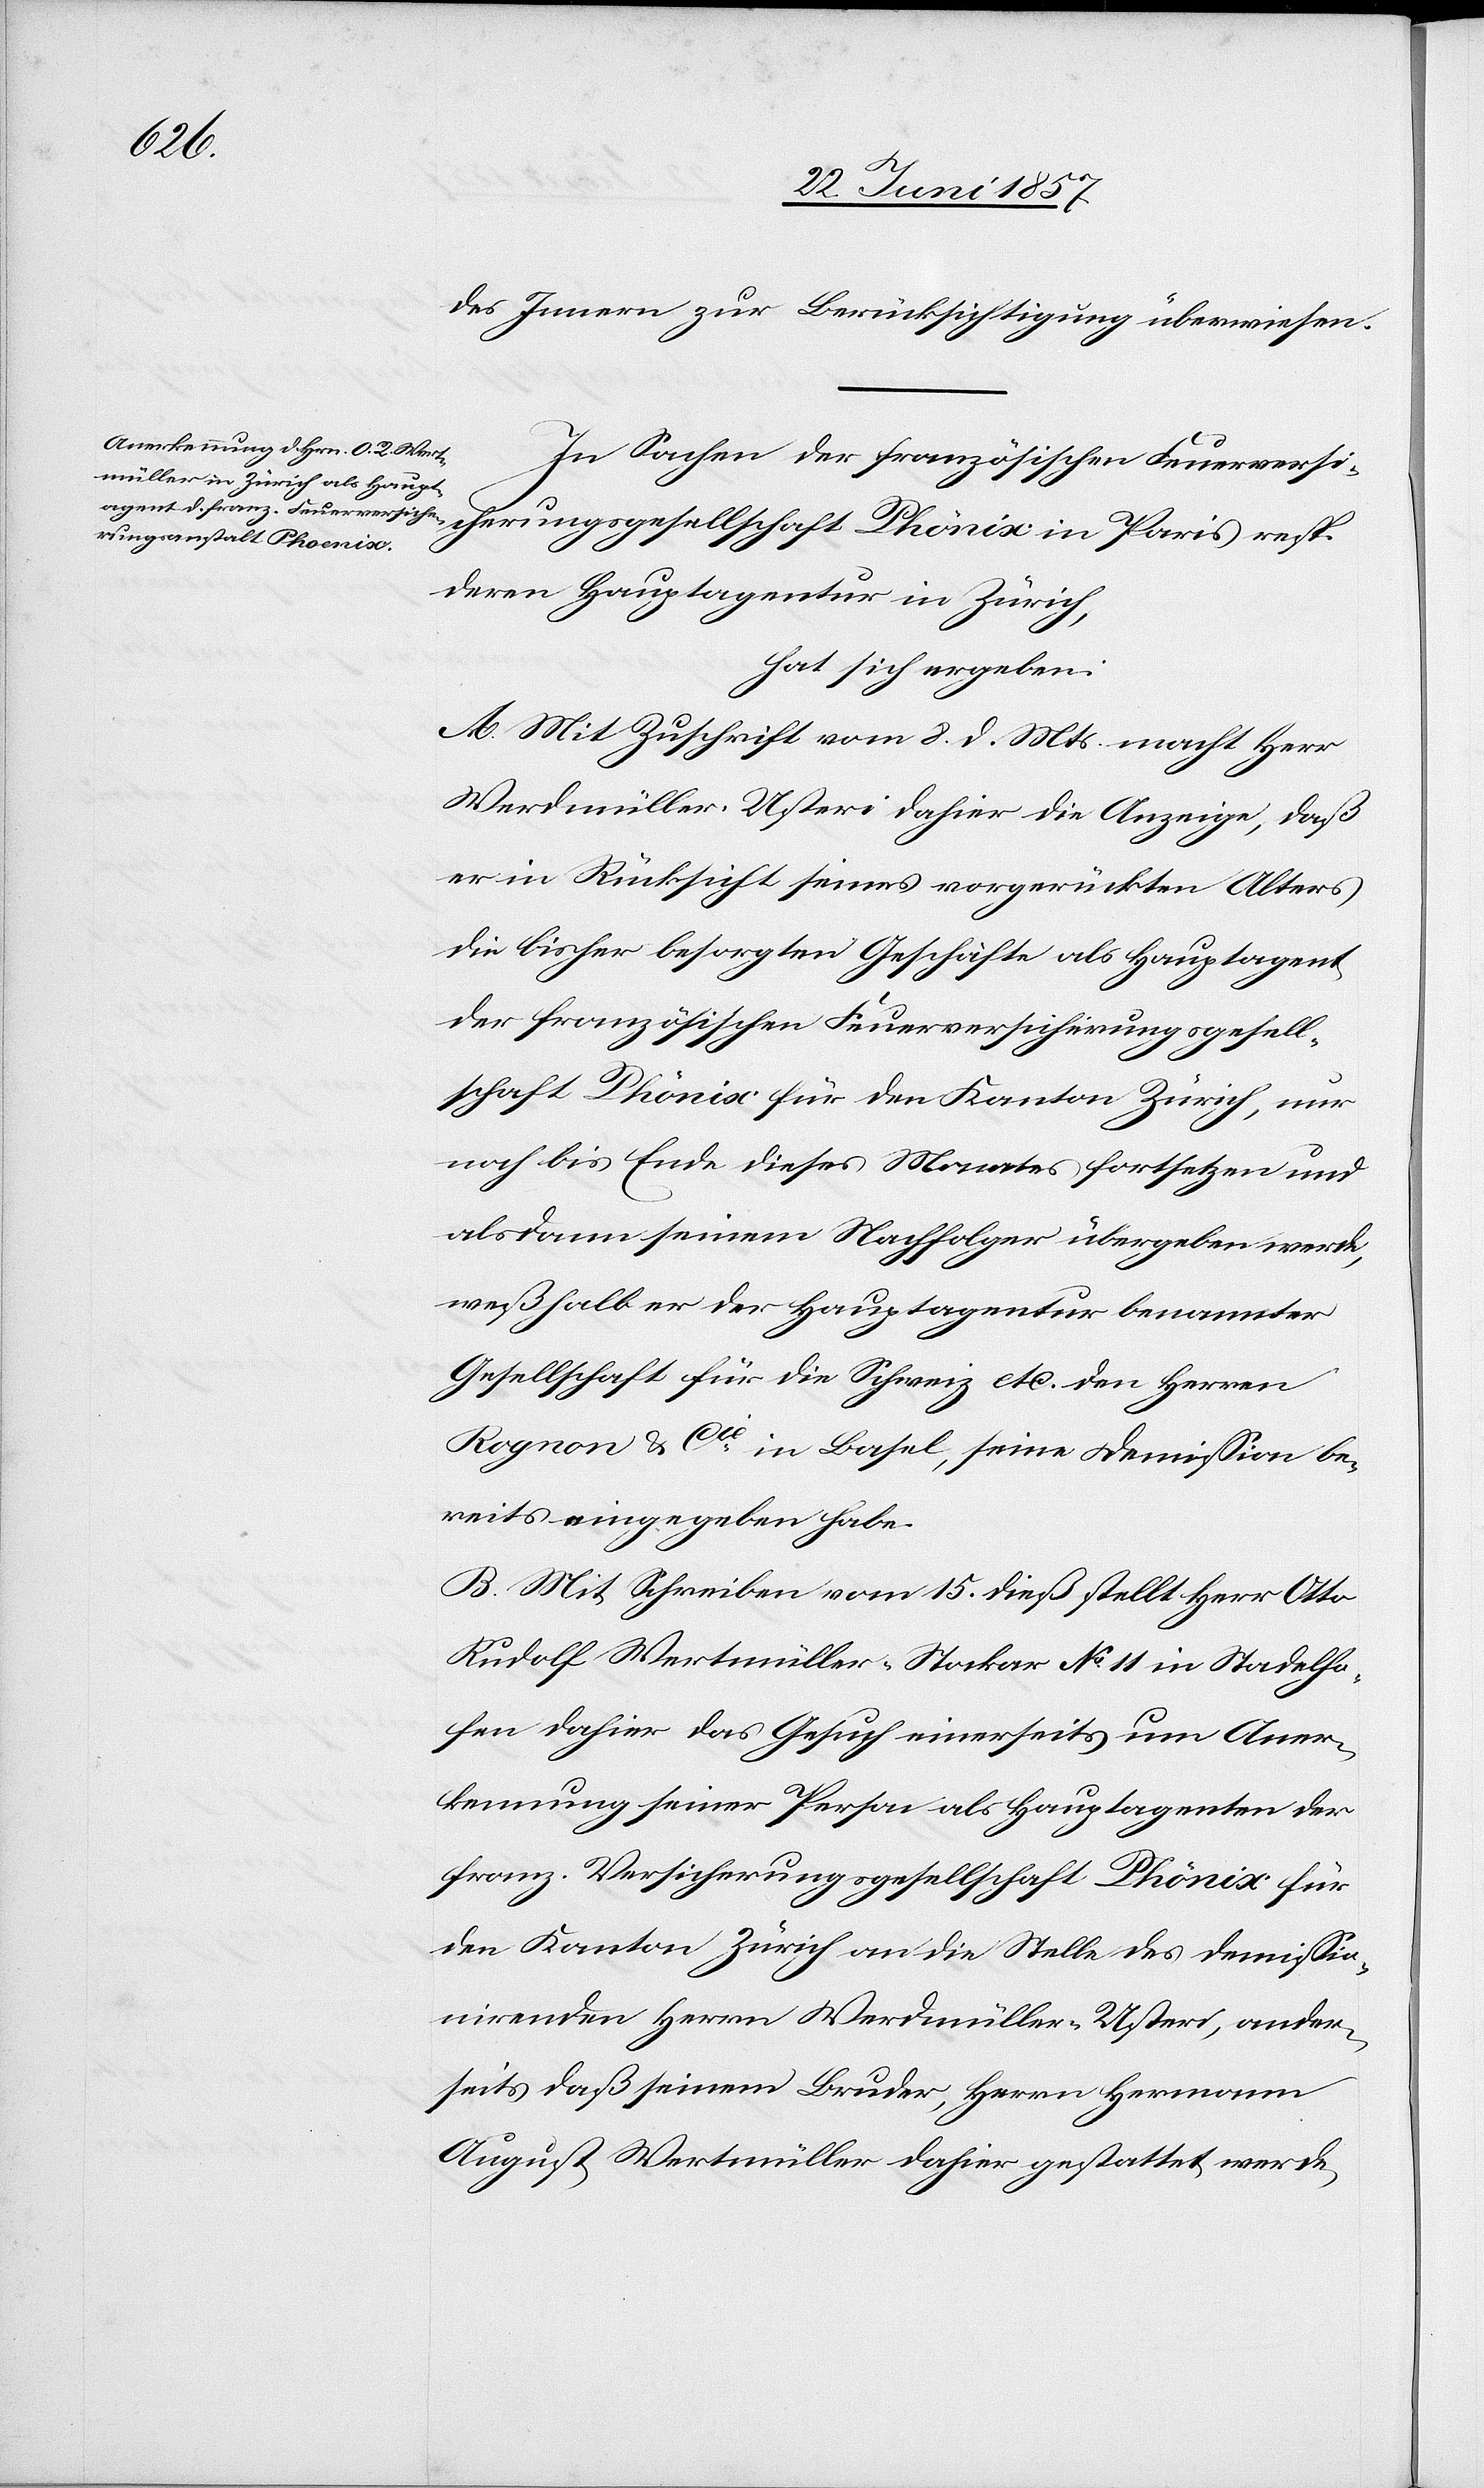
chaft
des Innern zur Berücksichtigung überwiesen.
deren Hauptagentur in Zürich,
hat sich ergeben:
A. Mit Zuschrift vom 8 d. Mts. macht Herr
Werdmüller-Usteri dahier die Anzeige, daß
er in Rücksicht seines vorgerückten Alters
die bisher besorgten Geschäfte als Hauptagent
der französischen Feuerversicherungsgesell¬
schaft Phönix für den Kanton Zürich, nur
noch bis Ende dieses Monates fortsetzen und
alsdann seinem Nachfolger übergeben werde,
weßhalb er der Hauptagentur benannter
Gesellschaft für die Schweiz etc. den Herrn
Rognon & Cie in Basel, seine Demission be¬
reits eingegeben habe.
B. Mit Schreiben vom 15 dieß stellt Herr Otto
Rudolf Wertmüller-Stockar No 11 in Stadelho¬
fen dahier das Gesuch einerseits um Aner¬
kennung seiner Person als Hauptagenten der
franz. Versicherungsgesellschaft Phönix für
den Kanton Zürich an die Stelle des demissio¬
nirenden Herrn Werdmüller-Usteri, ander¬
seits daß seinem Bruder, Herrn Hermann
August Wertmüller dahier gestattet werde